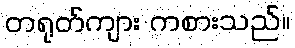
တရုတ်ကျား ကစားသည်။